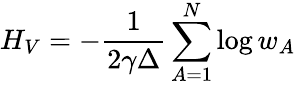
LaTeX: H_{V}=-\frac{1}{2\gamma\Delta}\sum_{A=1}^{N}\log w_{A}